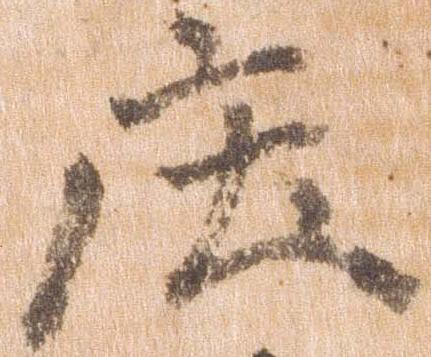
庄